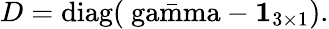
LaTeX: D=\mathrm{diag(\bar{\ gamma}}-\mathbf{1}_{3\times 1}).